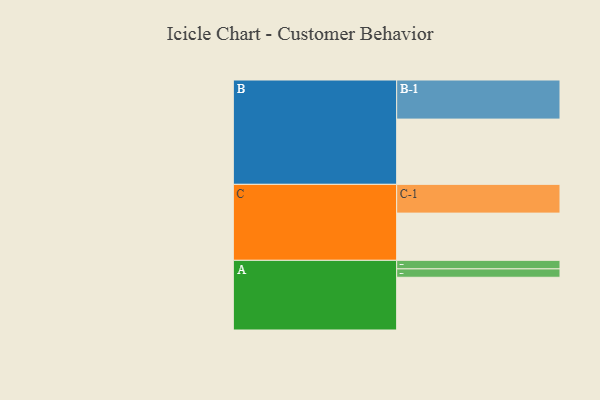
{"axis": {"x": "Segment", "y": "Value"}, "legend": ["", "A", "B", "C"], "data": [{"x": "A", "y": 383, "type": ""}, {"x": "B", "y": 474, "type": ""}, {"x": "C", "y": 343, "type": ""}, {"x": "A-1", "y": 61, "type": "A"}, {"x": "A-2", "y": 62, "type": "A"}, {"x": "B-1", "y": 284, "type": "B"}, {"x": "C-1", "y": 209, "type": "C"}]}